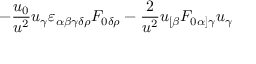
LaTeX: - { \frac { u _ { 0 } } { u ^ { 2 } } } u _ { \gamma } \varepsilon _ { \alpha \beta \gamma \delta \rho } { \cal F } _ { 0 \delta \rho } - { \frac { 2 } { u ^ { 2 } } } u _ { [ \beta } { \cal F } _ { 0 \alpha ] \gamma } u _ { \gamma }